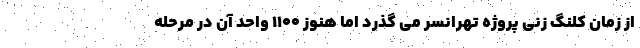
از زمان کلنگ زنی پروژه تهرانسر می گذرد اما هنوز ۱۱۰۰ واحد آن در مرحله